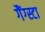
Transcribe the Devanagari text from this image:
गैंग्स्टा